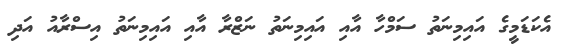
އެކަޑަމީގެ އައިމިނަތު ސަމްހާ އާއި އައިމިނަތު ނަޒްރާ އާއި އައިމިނަތު އިސްރާއު އަދި